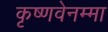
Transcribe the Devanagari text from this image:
कृष्णवेनम्मा